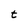
Character: t